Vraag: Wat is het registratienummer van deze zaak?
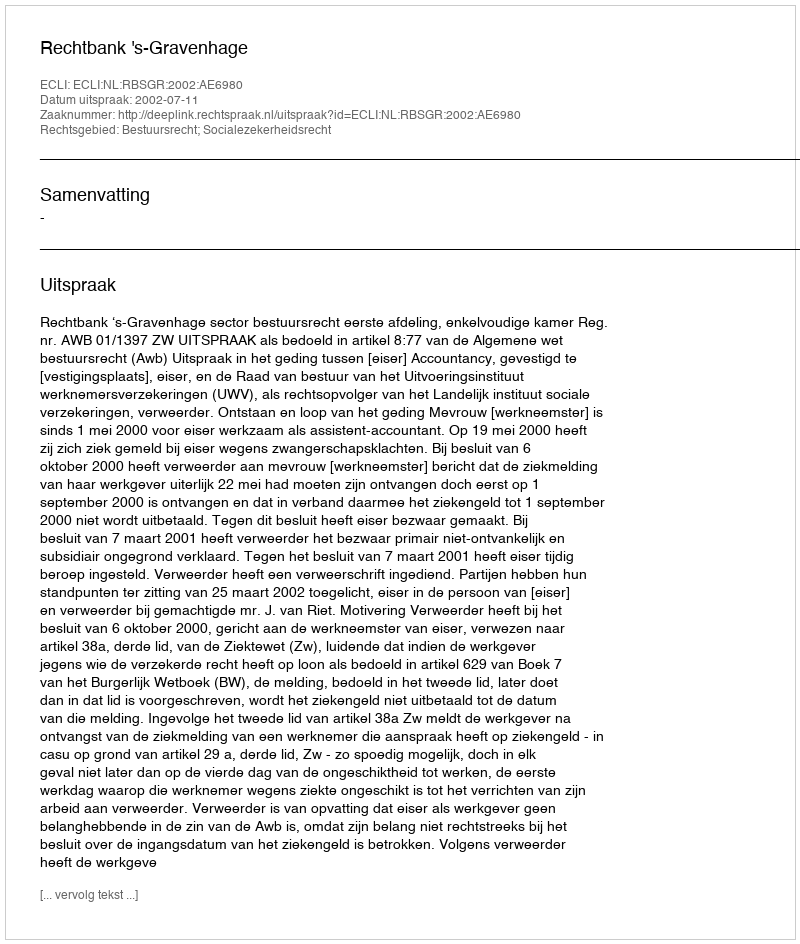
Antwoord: http://deeplink.rechtspraak.nl/uitspraak?id=ECLI:NL:RBSGR:2002:AE6980